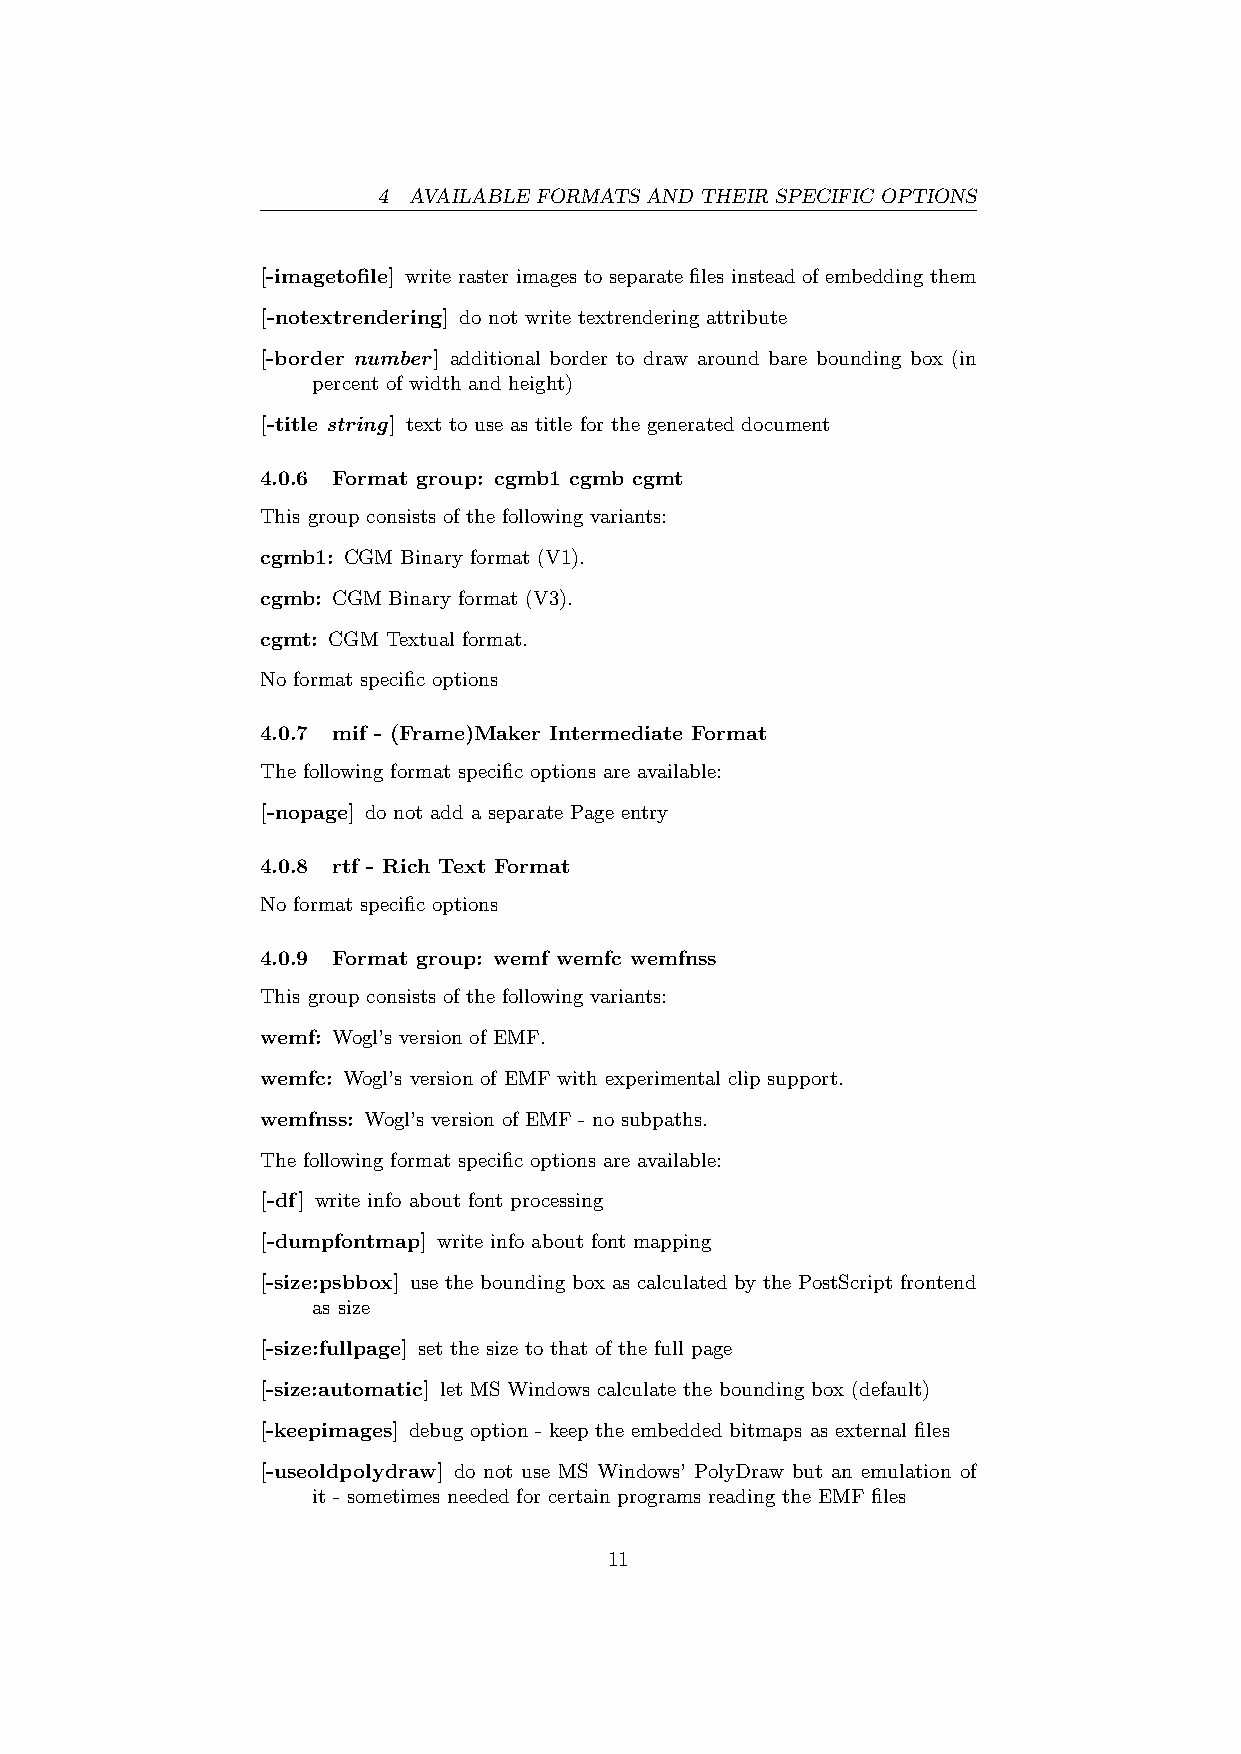
4 AVAILABLE FORMATS AND THEIR SPECIFIC OPTIONS
 [-imagetofile] write raster images to separate files instead of embedding them
 [-notextrendering] do not write textrendering attribute
 [-border number] additional border to draw around bare bounding box (in
 percent of width and height)
 [-title string] text to use as title for the generated document
 4.0.6 Format group: cgmb1 cgmb cgmt
 This group consists of the following variants:
 cgmb1: CGM Binary format (V1).
 cgmb: CGM Binary format (V3).
 cgmt: CGM Textual format.
 No format specific options
 4.0.7 mif - (Frame)Maker Intermediate Format
 The following format specific options are available:
 [-nopage] do not add a separate Page entry
 4.0.8 rtf - Rich Text Format
 No format specific options
 4.0.9 Format group: wemf wemfc wemfnss
 This group consists of the following variants:
 wemf: Wogl’s version of EMF.
 wemfc: Wogl’s version of EMF with experimental clip support.
 wemfnss: Wogl’s version of EMF - no subpaths.
 The following format specific options are available:
 [-df] write info about font processing
 [-dumpfontmap] write info about font mapping
 [-size:psbbox] use the bounding box as calculated by the PostScript frontend
 as size
 [-size:fullpage] set the size to that of the full page
 [-size:automatic] let MS Windows calculate the bounding box (default)
 [-keepimages] debug option - keep the embedded bitmaps as external files
 [-useoldpolydraw] do not use MS Windows’ PolyDraw but an emulation of
 it - sometimes needed for certain programs reading the EMF files
 11